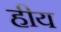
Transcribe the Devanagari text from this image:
हीय